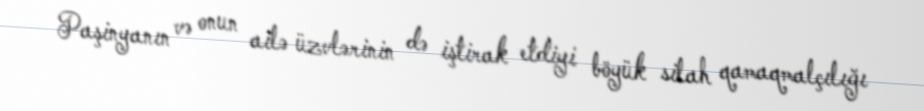
Paşinyanın və onun ailə üzvlərinin də iştirak etdiyi böyük silah qamaqmalçılığı